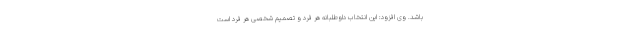
باشد. وی افزود: این انتخاب داوطلبانه هر فرد و تصمیم شخصی هر فرد است